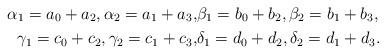
LaTeX: \begin{align*}\alpha_1=a_0+a_2,\alpha_2=a_1+a_3,& \beta_1=b_0+b_2,\beta_2=b_1+b_3,\\\gamma_1=c_0+c_2,\gamma_2=c_1+c_3,& \delta_1=d_0+d_2,\delta_2=d_1+d_3.\end{align*}